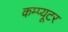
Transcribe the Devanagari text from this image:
कम्प्‍यूटर